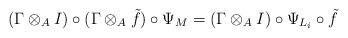
LaTeX: \begin{align*} (\Gamma\otimes_A I) \circ (\Gamma\otimes_A \tilde{f})\circ \Psi_M &= (\Gamma\otimes_A I) \circ \Psi_{L_i} \circ \tilde{f} \end{align*}